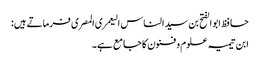
حافظ ابوالفتح بن سید الناس الیعمری المصری فرماتے ہیں:
ابن تیمیہ علوم و فنون کا جامع ہے۔